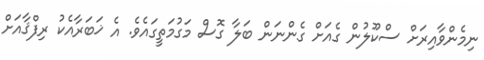
ނިމެންވާއިރަށް ސްކޫލުން ގެއަށް ގެންނަން ބަލާ ގޮސް މަގުމަތީގައެވެ. އެ ޚަބަރާއެކު ރިފްޤާއަށް